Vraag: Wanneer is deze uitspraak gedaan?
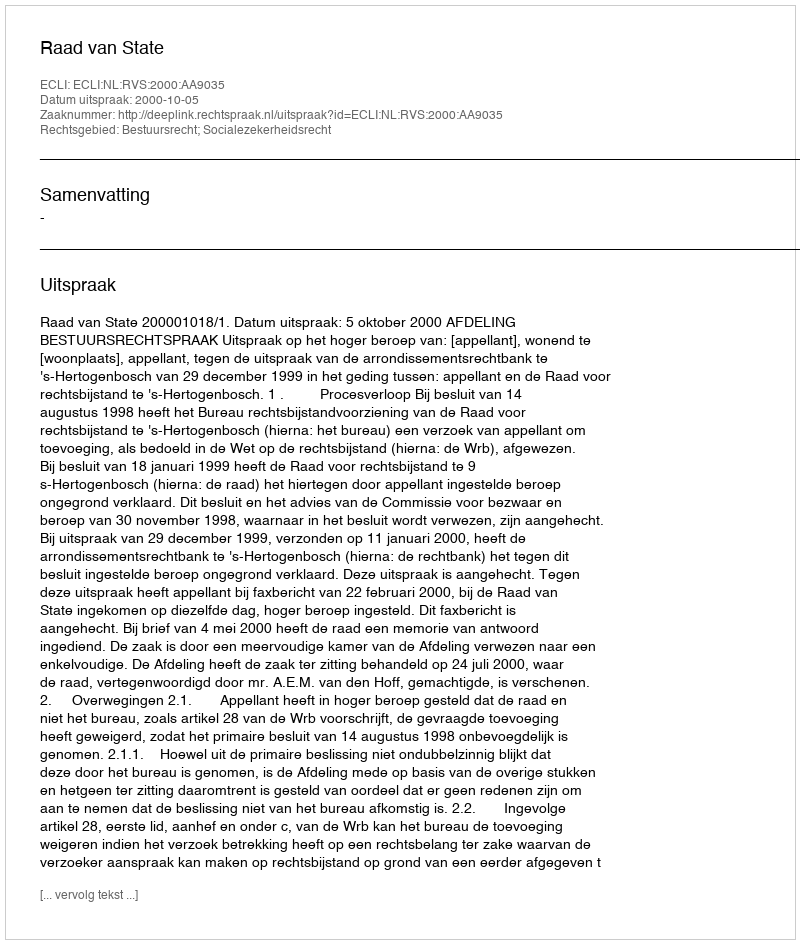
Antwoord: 2000-10-05